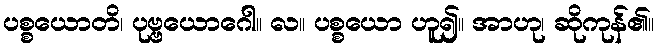
ပစ္စယောတိ၊ ပုဗ္ဗယောဂေါ။ လ။ ပစ္စယော ဟူ၍။ အာဟု၊ ဆိုကုန်၏။